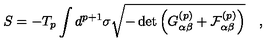
S = - T _ { p } \int d ^ { p + 1 } \sigma \sqrt { - \det \left( G _ { \alpha \beta } ^ { ( p ) } + { \cal { F } } _ { \alpha \beta } ^ { ( p ) } \right) } \quad ,